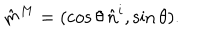
LaTeX: \hat { m } ^ { M } = ( \cos \theta \, \hat { n } ^ { i } , \sin \theta ) .